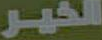
الخير